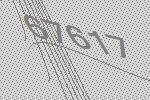
67617